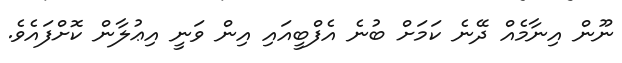
ނޫން އިނާމެއް ދޭނެ ކަމަށް ބުނެ އެފްބީއައި އިން ވަނީ އިޢުލާން ކޮށްފައެވެ.